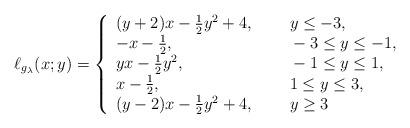
LaTeX: \begin{align*}\ell_{g_\lambda}(x;y)=\left\{\begin{array}{ll}(y+2)x-\frac{1}{2}y^2+4,~~& ~~y\leq -3,\\-x-\frac{1}{2}, & ~~-3\leq y\leq -1,\\yx-\frac{1}{2}y^2, & ~~-1\leq y\leq 1,\\x-\frac{1}{2},& ~~1\leq y\leq 3,\\(y-2)x-\frac{1}{2}y^2+4,& ~~y\geq 3\end{array}\right.\end{align*}